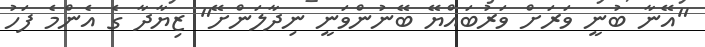
"އޭނާ ބުނީ ވަރަށް ވަރުބައްޔޭ ބޭނުންވަނީ ނިދާލަންށޭ" ޒިޔާދާ ގެ އެންމެ ފަހު